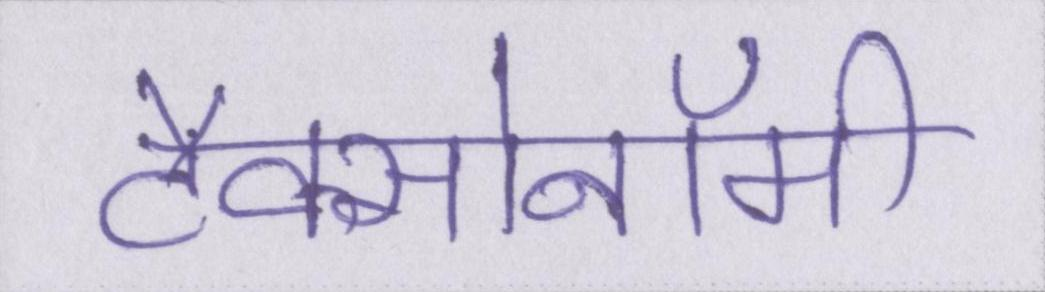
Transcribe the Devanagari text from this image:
टैक्सोनॉमी